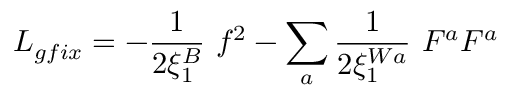
L _ { g f i x } = - { \frac { 1 } { 2 \xi _ { 1 } ^ { B } } } ~ f ^ { 2 } - \sum _ { a } { \frac { 1 } { 2 \xi _ { 1 } ^ { W a } } } ~ { \cal F } ^ { a } { \cal F } ^ { a }